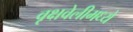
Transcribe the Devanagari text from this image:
वृक्षवेलीमध्ये